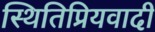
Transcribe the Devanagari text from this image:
स्थितिप्रियवादी